King Institute of Preventive Medicine Bacteriolog. Section reports 1907-08
Year: 1907
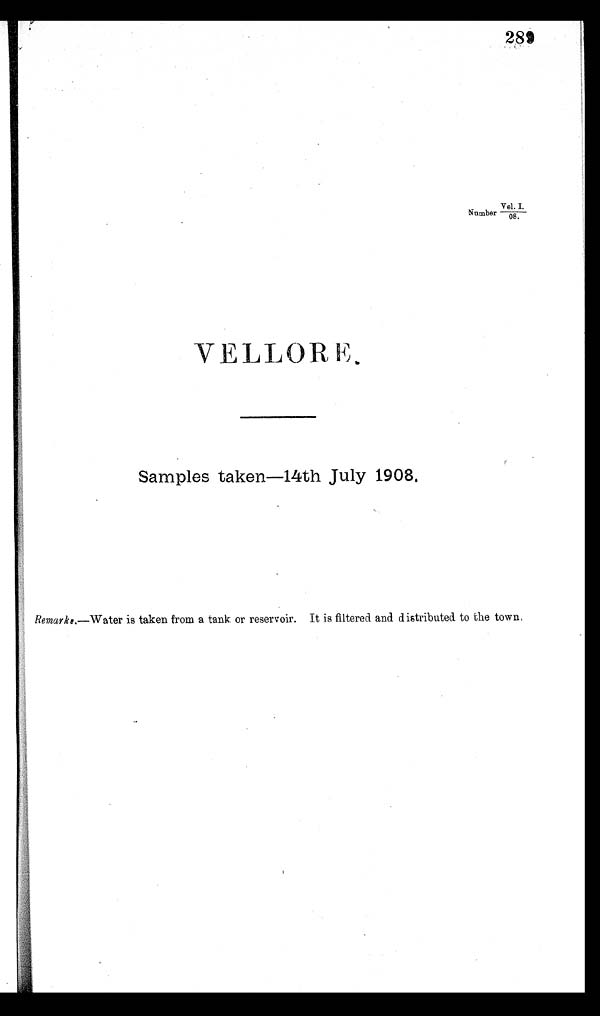
2 8 9
Ν u m b e r V e l
.I./08.
V E L L O R E .
Samples taken—14th July 1908.
R e m a r k s .
— W a t e r i s t a k e n f r o m a t a n k o r r e s e r v o i r . I t i s f i l t e r e d a n d d i s t r i b u t e d t o t h e t o w n .